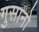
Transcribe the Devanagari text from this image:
गुसानो